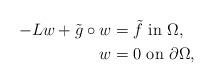
LaTeX: \begin{align*}-L w + \tilde{g}\circ w & = \tilde{f} \,\,\mbox{in}\,\, \Omega, \\w & = 0 \,\,\mbox{on}\,\, \partial\Omega,\end{align*}